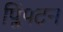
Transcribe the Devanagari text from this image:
प्लिंपटन